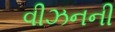
વીઝનની